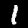
Digit: 1